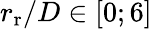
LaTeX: r_{\mathrm{r}}/D\in[0;6]